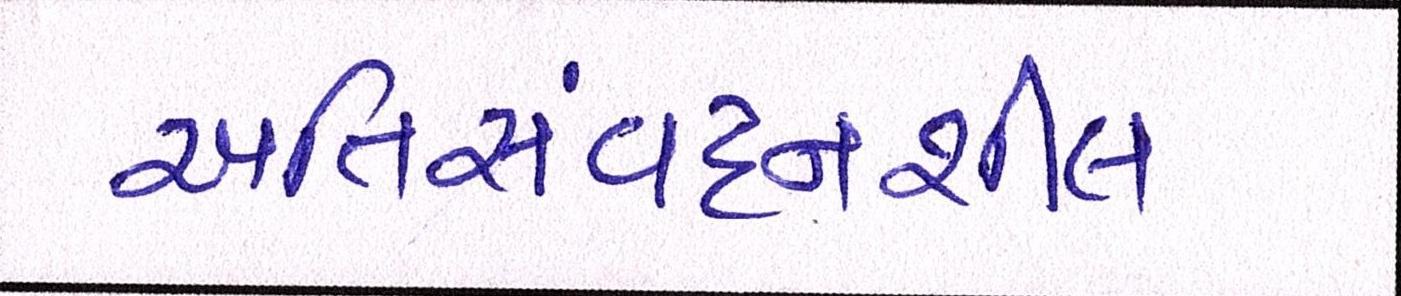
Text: અતિસંવદનશીલ